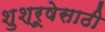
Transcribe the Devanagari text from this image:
शुश्रूषेसाठी